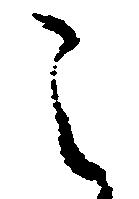
之